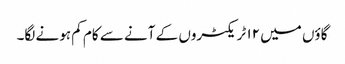
گاؤں میں ۱۲ ٹریکٹروں کے آنے سے کام کم ہونے لگا۔